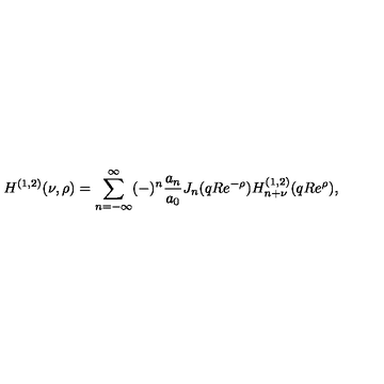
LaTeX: H ^ { ( 1 , 2 ) } ( \nu , \rho ) = \sum _ { n = - \infty } ^ { \infty } ( - ) ^ { n } { \frac { a _ { n } } { a _ { 0 } } } J _ { n } ( q R e ^ { - \rho } ) H _ { n + \nu } ^ { ( 1 , 2 ) } ( q R e ^ { \rho } ) ,